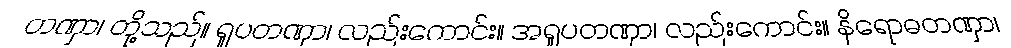
တဏှာ၊ တို့သည်။ ရူပတဏှာ၊ လည်းကောင်း။ အရူပတဏှာ၊ လည်းကောင်း။ နိရောဓတဏှာ၊